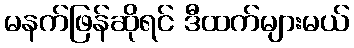
မနက်ဖြန်ဆိုရင် ဒီထက်များမယ်